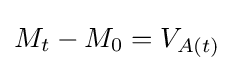
M_{t}-M_{0}=V_{A(t)}